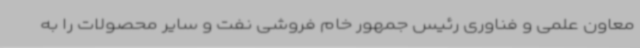
معاون علمی و فناوری رئیس جمهور خام فروشی نفت و سایر محصولات را به